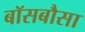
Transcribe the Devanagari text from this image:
बॉसबौसा